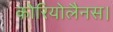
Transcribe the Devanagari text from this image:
कोरियोलैनस।